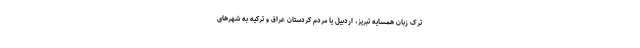
ترک زبان همسایه تبریز، اردبیل یا مردم کردستان عراق و ترکیه به شهرهای